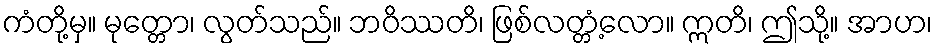
ကံတို့မှ။ မုတ္တော၊ လွတ်သည်။ ဘဝိဿတိ၊ ဖြစ်လတ္တံ့လော။ ဣတိ၊ ဤသို့။ အာဟ၊